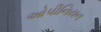
ઓપીનિયન